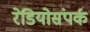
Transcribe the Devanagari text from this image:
रेडियोसंपर्क